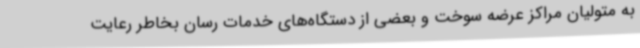
به متولیان مراکز عرضه سوخت و بعضی از دستگاه‌های خدمات رسان بخاطر رعایت